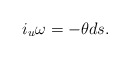
\begin{align*} i_u\omega=-\theta ds.\end{align*}